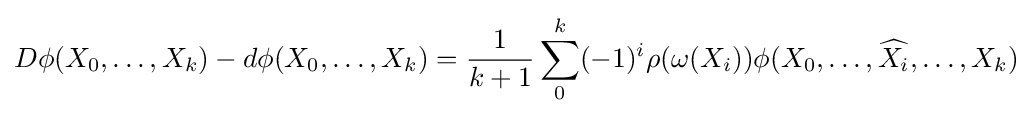
D\phi (X_{0},\dots ,X_{k})-d\phi (X_{0},\dots ,X_{k})={1 \over k+1}\sum _{0}^{k}(-1)^{i}\rho (\omega (X_{i}))\phi (X_{0},\dots ,{\widehat {X_{i}}},\dots ,X_{k})